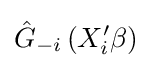
{\hat {G}}_{-i}\left(X'_{i}\beta \right)